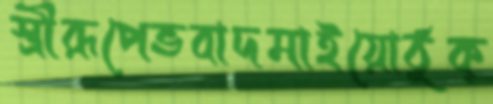
স্ত্রীরূপেভবাদমাইয়োঠুক্‌